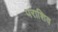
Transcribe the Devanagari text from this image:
पराशिव